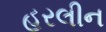
હરલીન